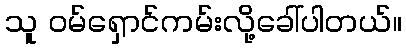
သူ ဝမ်ရှောင်ကမ်းလို့ခေါ်ပါတယ်။